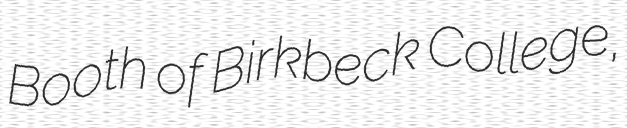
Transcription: Booth of Birkbeck College,